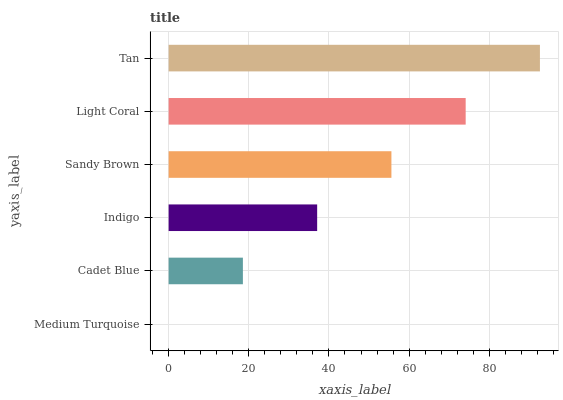
| yaxis_label | bars |
 | --- | --- |
 | Medium Turquoise | 0 |
 | Cadet Blue | 18.5 |
 | Indigo | 37.1 |
 | Sandy Brown | 55.6 |
 | Light Coral | 74.1 |
 | Tan | 92.6 |